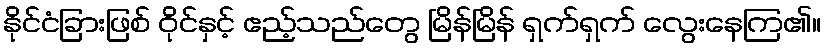
နိုင်ငံခြားဖြစ် ဝိုင်နှင့် ဧည့်သည်တွေ မြိန်မြိန် ရှက်ရှက် လွေးနေကြ၏။